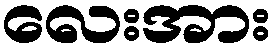
လေးအား